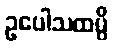
ဥပေါသထမ္ပိ